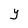
Character: y